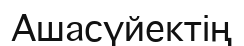
Ашасүйектің